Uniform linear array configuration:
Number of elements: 12
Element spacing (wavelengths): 0.75
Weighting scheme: exponential
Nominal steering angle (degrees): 30
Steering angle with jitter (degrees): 31.24
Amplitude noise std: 0.05
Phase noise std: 0.05

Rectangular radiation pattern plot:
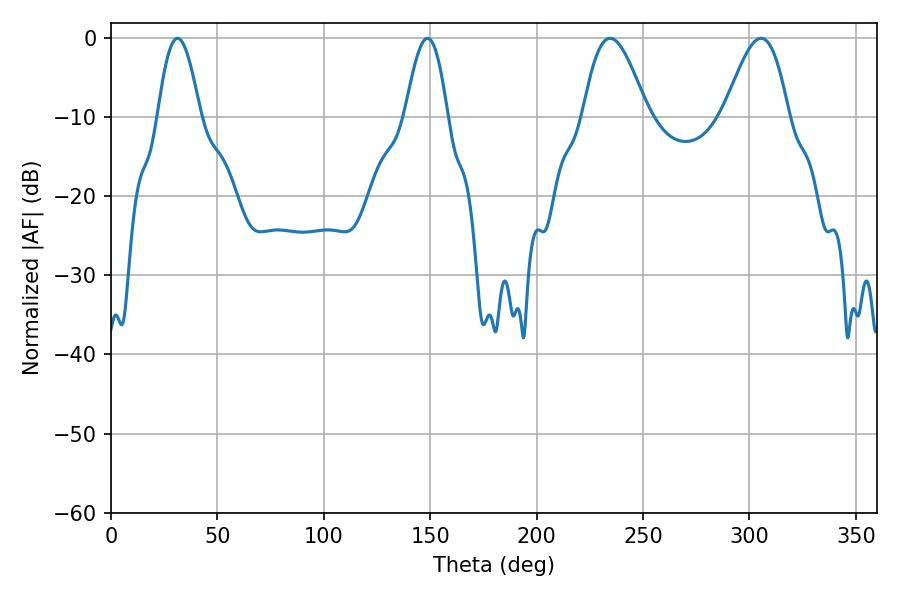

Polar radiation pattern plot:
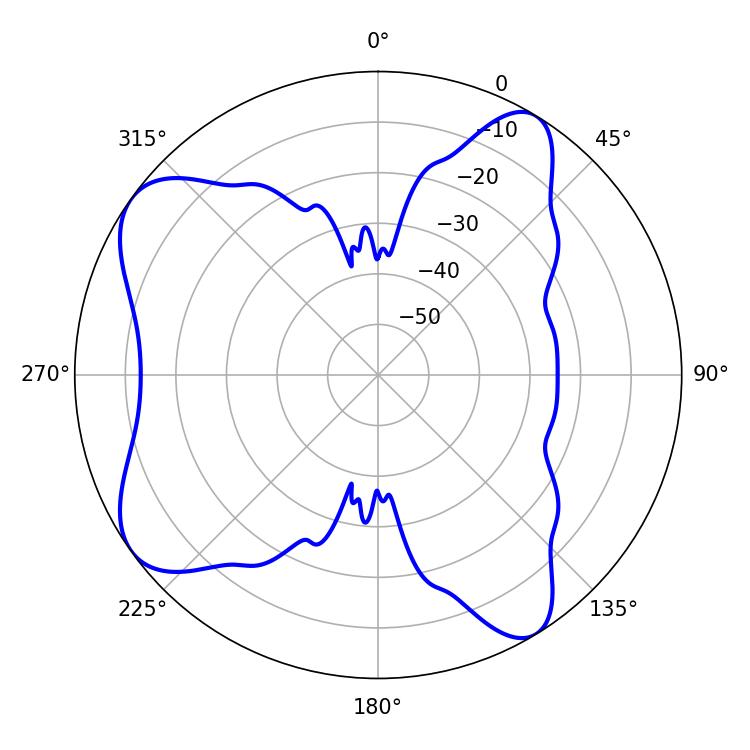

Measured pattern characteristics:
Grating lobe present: TRUE
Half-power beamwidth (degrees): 16.2
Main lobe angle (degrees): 234.54